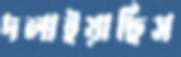
দলাইয়াছিস